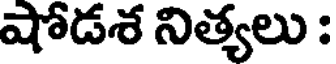
షోడశ నిత్యలు :